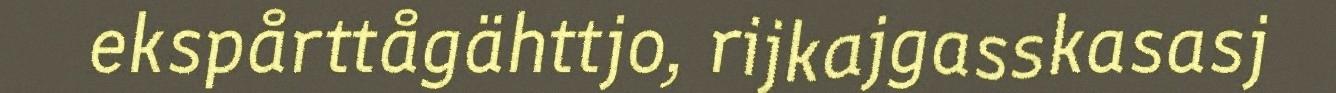
ekspårttågähttjo, rijkajgasskasasj